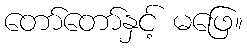
တော်တော်နှင့် မဖြေ။